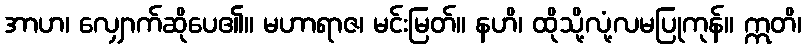
အာဟ၊ လျှောက်ဆိုပေ၏။ မဟာရာဇ၊ မင်းမြတ်။ နဟိ၊ ထိုသို့လုံ့လမပြုကုန်။ ဣတိ၊